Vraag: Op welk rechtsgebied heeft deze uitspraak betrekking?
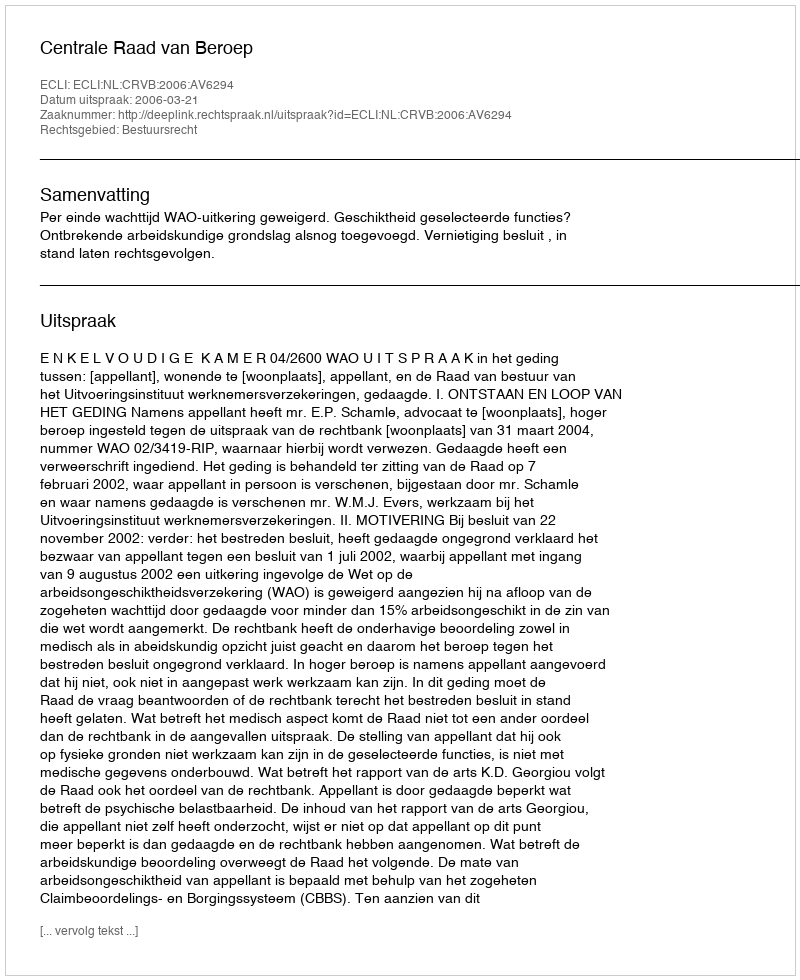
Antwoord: Bestuursrecht